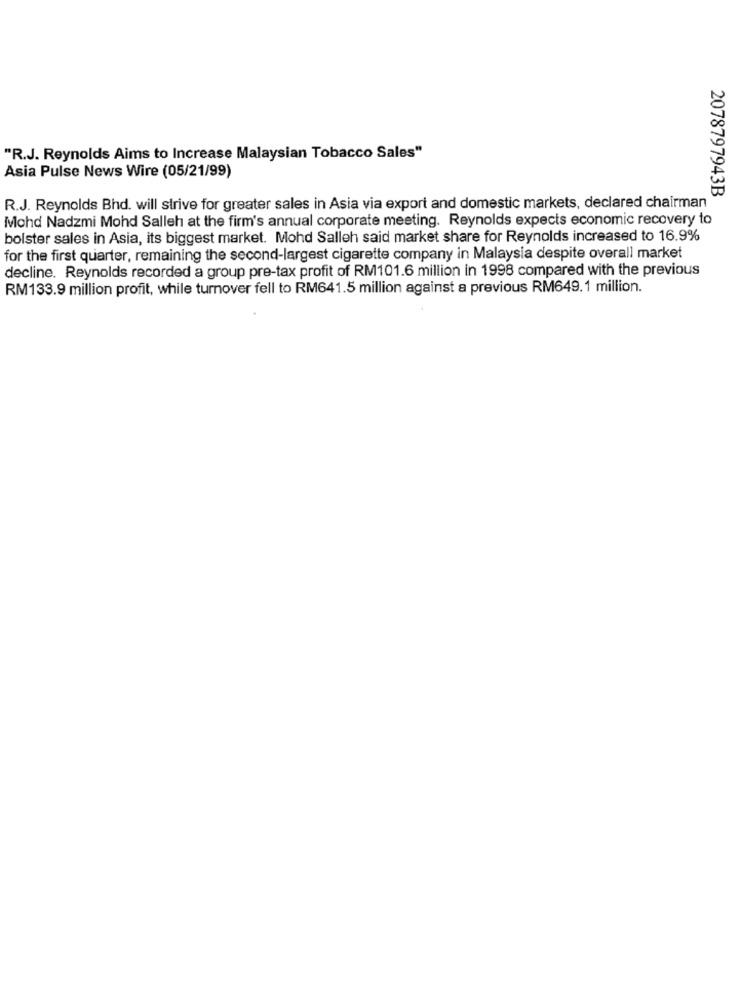
"R.J. Reynolds Aims to Increase Malaysian Tobacco Sales"
Asia Pulse News Wire (05/21/99)
2078797943B
R.J. Reynolds Bhd. will strive for greater sales in Asia via export and domestic markets, declared chairman
Mohd Nadzmi Mohd Salleh at the firm's annual corporate meeting. Reynolds expects economic recovery to
bolster sales in Asia, its biggest market. Mohd Salleh said market share for Reynolds increased to 16.9%
for the first quarter, remaining the second-largest cigarette company in Malaysia despite overall market
decline. Reynolds recorded a group pre-tax profit of RM101.6 million in 1998 compared with the previous
RM133.9 million profit, while turnover fell to RM641.5 million against a previous RM649.1 million.